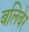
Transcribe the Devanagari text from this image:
बलिबेर